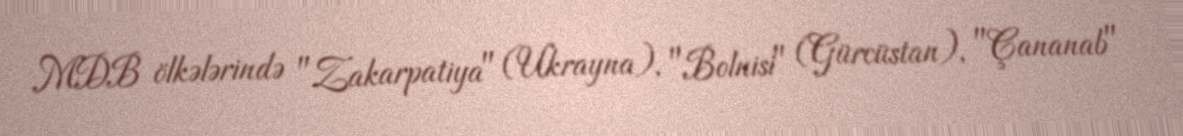
MDB ölkələrində "Zakarpatiya" (Ukrayna), "Bolnisi" (Gürcüstan), "Çananab"